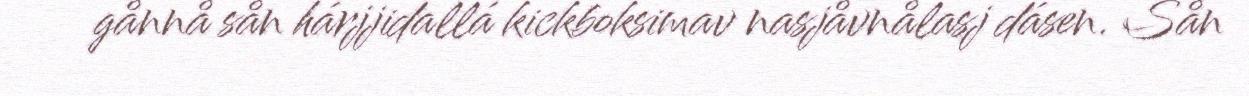
gånnå sån hárjjidallá kickboksimav nasjåvnålasj dásen. Sån